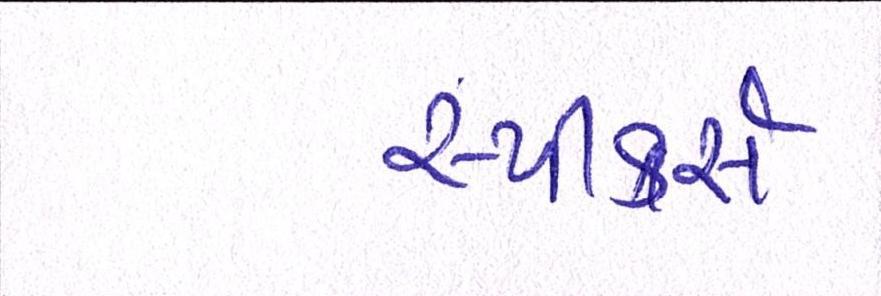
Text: સ્પીકર્સ